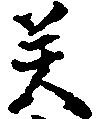
癸